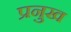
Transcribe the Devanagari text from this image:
प्रनुख